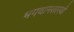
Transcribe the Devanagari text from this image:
भगवानशास्त्री